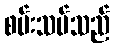
စမ်းသပ်သည်